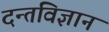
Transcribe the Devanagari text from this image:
दन्तविज्ञान